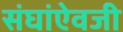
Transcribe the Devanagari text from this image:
संघांऐवजी